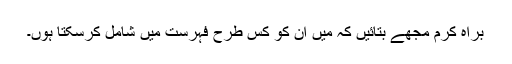
براہ کرم مجھے بتائیں کہ میں ان کو کس طرح فہرست میں شامل کرسکتا ہوں۔